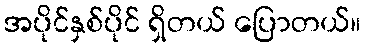
အပိုင်နှစ်ပိုင် ရှိတယ် ပြောတယ်။